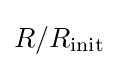
R/R_{\text{init}}